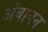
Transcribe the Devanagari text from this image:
अंबावन